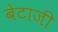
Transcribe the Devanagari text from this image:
बेटाजी